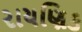
રાયણિક